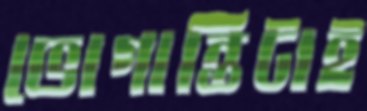
ভোগান্তিটাই